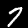
Digit: 7